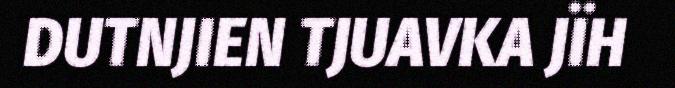
DUTNJIEN TJUAVKA JÏH